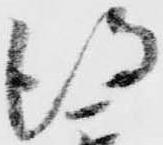
得